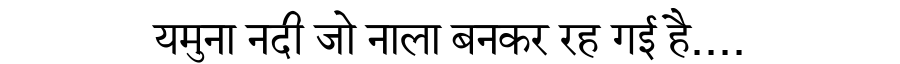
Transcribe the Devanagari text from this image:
यमुना नदी जो नाला बनकर रह गई है....